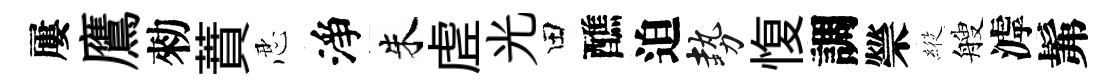
屢鷹勑蕡忍淨朱虗光田醮迫勢愎調禜𦂵艘滹髴